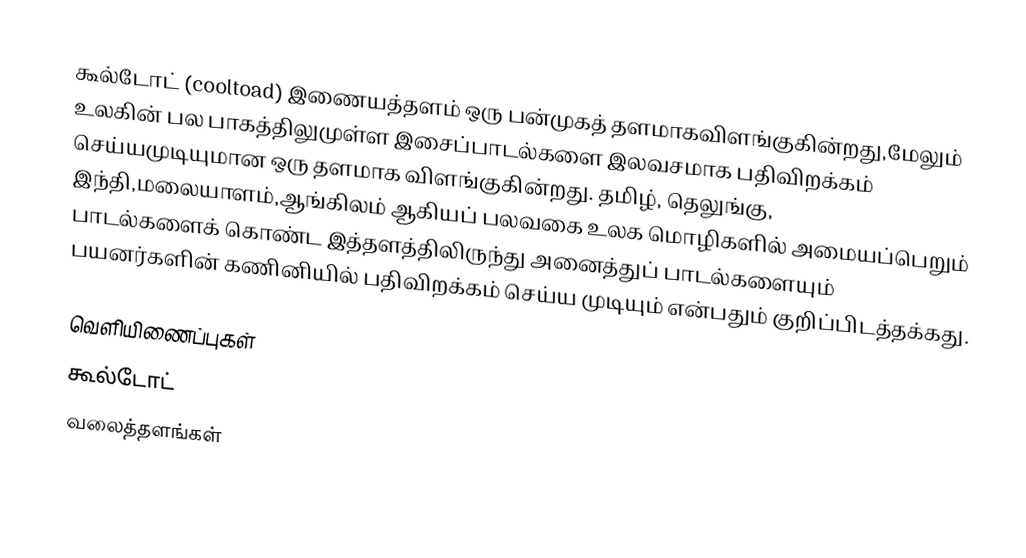
கூல்டோட் (cooltoad) இணையத்தளம் ஒரு பன்முகத் தளமாகவிளங்குகின்றது,மேலும் உலகின் பல பாகத்திலுமுள்ள இசைப்பாடல்களை இலவசமாக பதிவிறக்கம் செய்யமுடியுமான ஒரு தளமாக விளங்குகின்றது. தமிழ், தெலுங்கு, இந்தி,மலையாளம்,ஆங்கிலம் ஆகியப் பலவகை உலக மொழிகளில் அமையப்பெறும் பாடல்களைக் கொண்ட இத்தளத்திலிருந்து அனைத்துப் பாடல்களையும் பயனர்களின் கணினியில் பதிவிறக்கம் செய்ய முடியும் என்பதும் குறிப்பிடத்தக்கது.

வெளியிணைப்புகள்
கூல்டோட்
வலைத்தளங்கள்